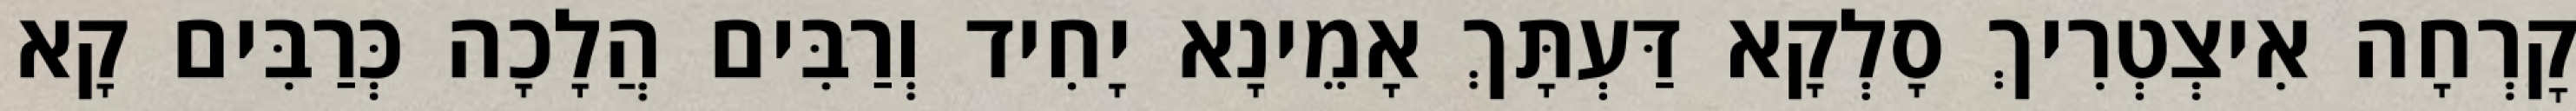
קׇרְחָה אִיצְטְרִיךְ סָלְקָא דַּעְתָּךְ אָמֵינָא יָחִיד וְרַבִּים הֲלָכָה כְּרַבִּים קָא